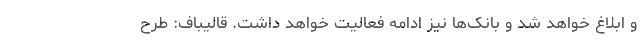
و ابلاغ خواهد شد و بانک‌ها نیز ادامه فعالیت خواهد داشت. قالیباف: طرح